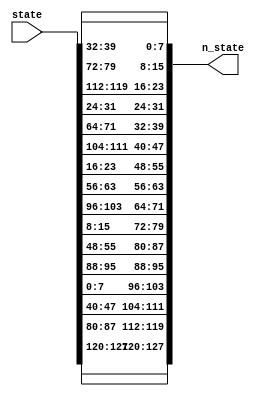
`timescale 1ns / 1ps
//done
module ShiftRows(  
    input [127:0]state,
    output [127:0]n_state
);

// first row
assign n_state[127:120] = state[127:120];
assign n_state[95:88] = state[95:88];
assign n_state[63:56] = state[63:56];
assign n_state[31:24] = state[31:24];
// second row
assign n_state[119:112] = state[87:80];
assign n_state[87:80] = state[55:48];
assign n_state[55:48] = state[23:16];
assign n_state[23:16] = state[119:112];
// third row
assign n_state[111:104] = state[47:40];
assign n_state[79:72] = state[15:8];
assign n_state[47:40] = state[111:104];
assign n_state[15:8] = state[79:72];
// forth row 
assign n_state[103:96] = state[7:0];
assign n_state[71:64] = state[103:96];
assign n_state[39:32] = state[71:64];
assign n_state[7:0] = state[39:32];
endmodule